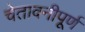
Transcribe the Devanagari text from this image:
चेतावनीपूर्ण